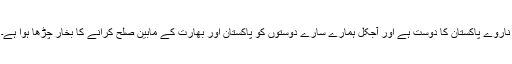
ناروے پاکستان کا دوست ہے اور آجکل ہمارے سارے دوستوں کو پاکستان اور بھارت کے مابین صلح کرانے کا بخار چڑھا ہوا ہے۔